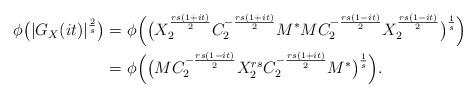
LaTeX: \begin{align*}\phi\big(|G_X(it)|^\frac{2}{s}\big) =&\ \phi\Big(\big(X_2^{\frac{rs(1+it)}{2}}C_2^{-\frac{rs(1+it)}{2}}M^*MC_2^{-\frac{rs(1-it)}{2}}X_2^{\frac{rs(1-it)}{2}}\big)^\frac{1}{s}\Big)\\=&\ \phi\Big(\big(MC_2^{-\frac{rs(1-it)}{2}}X_2^{rs}C_2^{-\frac{rs(1+it)}{2}}M^*\big)^\frac{1}{s}\Big).\end{align*}